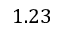
1 . 2 3